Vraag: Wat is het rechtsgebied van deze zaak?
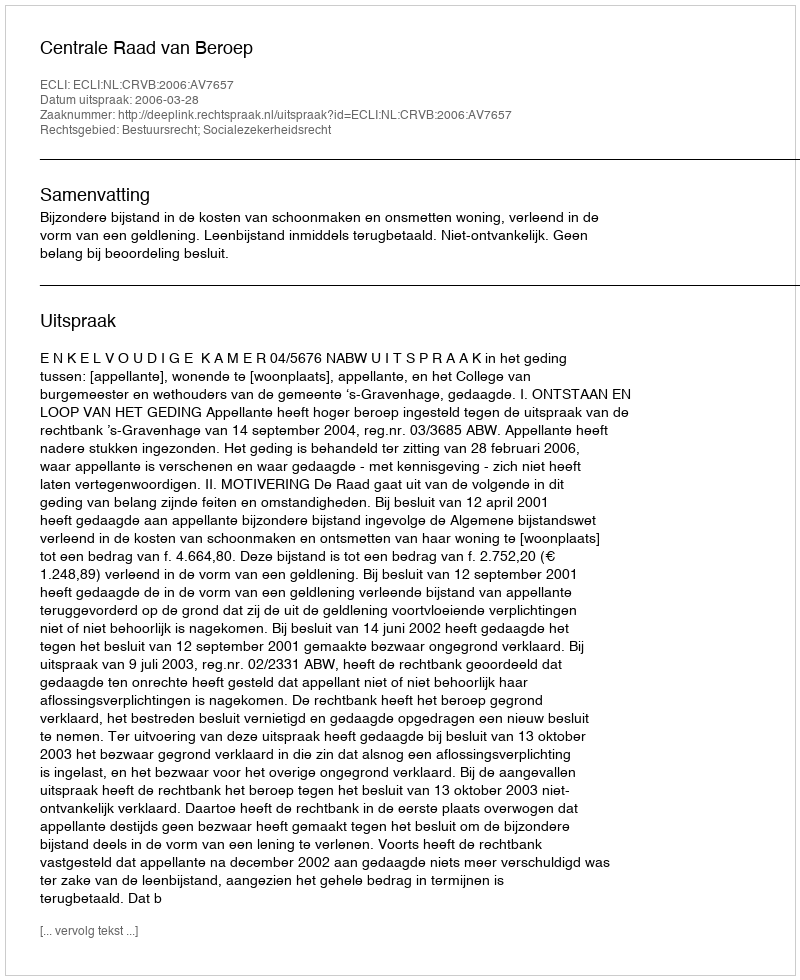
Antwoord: Bestuursrecht; Socialezekerheidsrecht